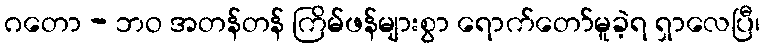
ဂတော - ဘဝ အတန်တန် ကြိမ်ဖန်များစွာ ရောက်တော်မူခဲ့ရ ရှာလေပြီ၊